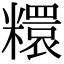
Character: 糫